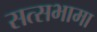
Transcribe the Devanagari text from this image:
सत्सभामा